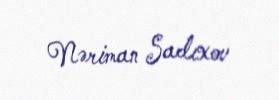
Nəriman Sadıxov